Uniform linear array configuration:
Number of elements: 48
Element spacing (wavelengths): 0.75
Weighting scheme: hamming
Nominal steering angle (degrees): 30
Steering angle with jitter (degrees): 29.258
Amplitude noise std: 0.05
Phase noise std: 0.05

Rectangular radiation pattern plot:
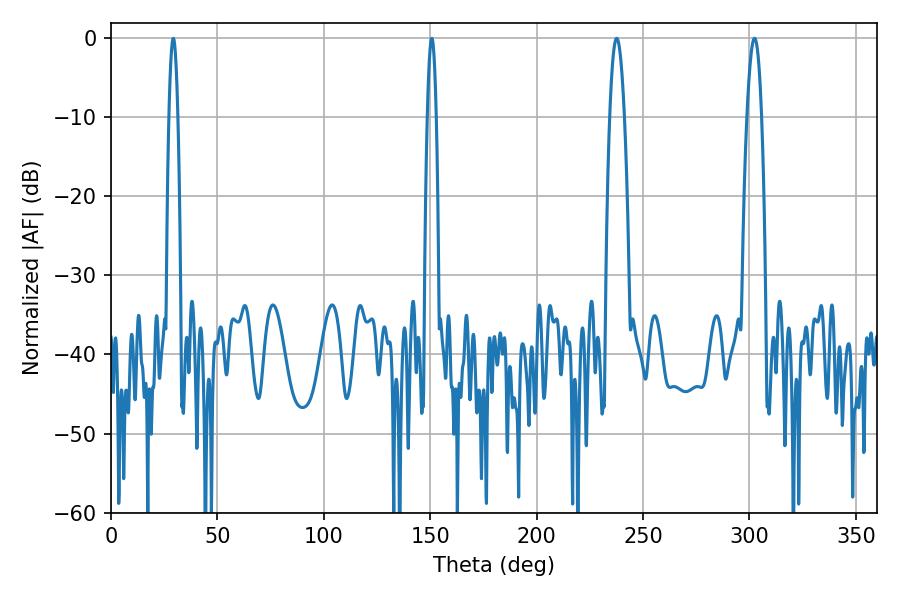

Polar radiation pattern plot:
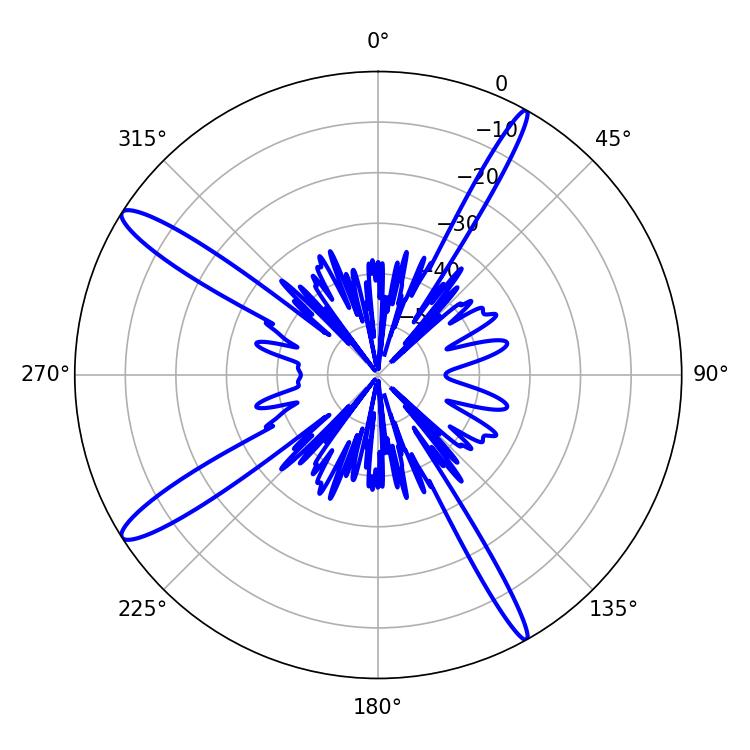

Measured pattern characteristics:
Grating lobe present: TRUE
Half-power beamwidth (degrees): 3.78
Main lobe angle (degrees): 237.6